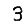
Digit: 3